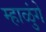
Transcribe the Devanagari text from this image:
म्हाळुंगे